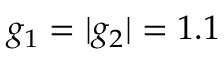
g _ { 1 } = | g _ { 2 } | = 1 . 1